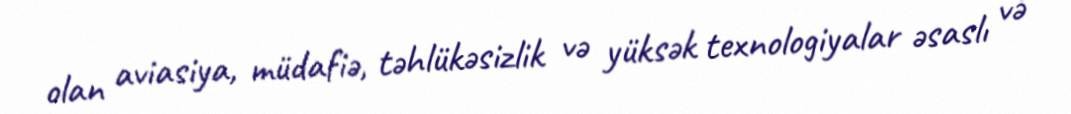
olan aviasiya, müdafiə, təhlükəsizlik və yüksək texnologiyalar əsaslı və